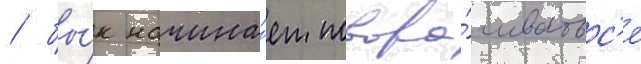
/ бы́к начина́ет повора́чиватьс'я